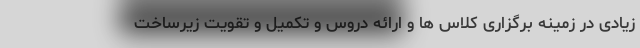
زیادی در زمینه برگزاری کلاس ها و ارائه دروس و تکمیل و تقویت زیرساخت